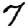
Digit: 7